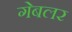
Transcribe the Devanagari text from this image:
गेबलर